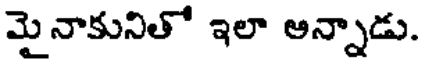
మై నాకునితో ఇలా అన్నాడు.